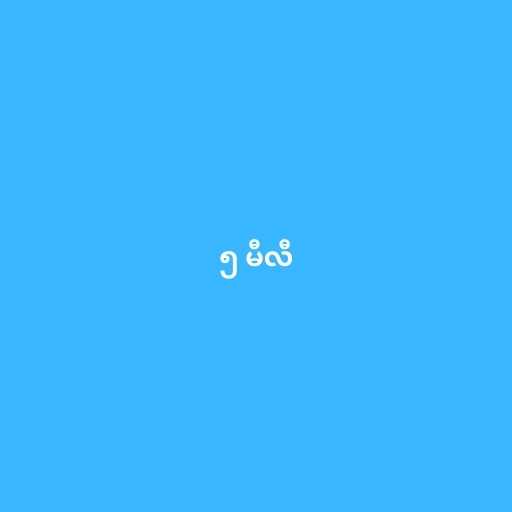
၅ မီလီ